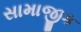
સામાજીક